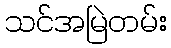
သင်အမြဲတမ်း